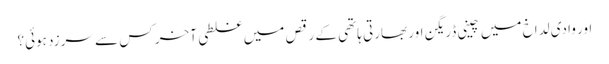
اور وادی لداخ میں چینی ڈریگن اور بھارتی ہاتھی کے رقص میں غلطی آخر کس سے سرزد ہوئی؟